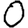
Digit: 0